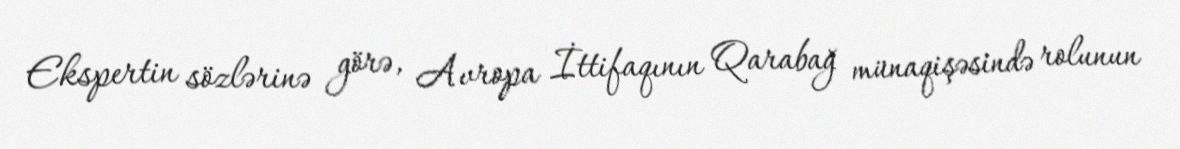
Ekspertin sözlərinə görə, Avropa İttifaqının Qarabağ münaqişəsində rolunun